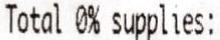
TOTAL 0% SUPPLIES: